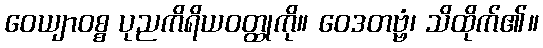
ဝေယျာဝစ္စ ပုညကိရိယဝတ္ထုကို။ ဝေဒတဗ္ဗံ၊ သိထိုက်၏။